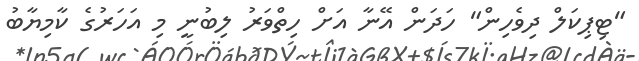
"ޓިޕިކަލް ދިވެހިން" ހަދަން އޭނާ އަށް ހިތްވަރު ލިބުނީ މި އަހަރުގެ ކާމިޔާބު